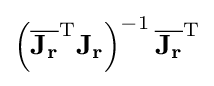
\left({\overline {\mathbf {J_{r}} }}^{\operatorname {T} }\mathbf {J_{r}} \right)^{-1}{\overline {\mathbf {J_{r}} }}^{\operatorname {T} }